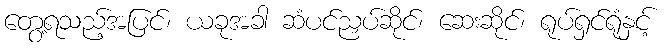
တွေ့ရသည့်အပြင်၊ ယခုအခါ ဆံပင်ညှပ်ဆိုင်၊ ဆေးဆိုင်၊ ရုပ်ရှင်ရုံနှင့်